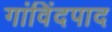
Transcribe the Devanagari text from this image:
गांविंदपाद